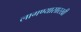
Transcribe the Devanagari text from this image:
लागण्यासारखी